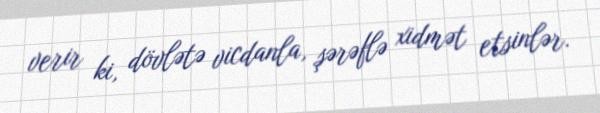
verir ki, dövlətə vicdanla, şərəflə xidmət etsinlər.